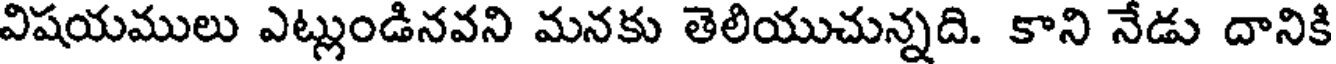
విషయములు ఎట్లుండినవని మనకు తెలియుచున్నది. కాని నేడు దానికి